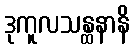
ဒုကူလသန္ထနာနိ